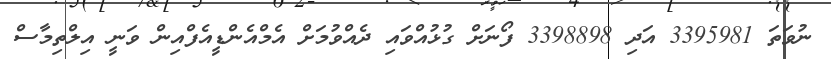
ނުވަތަ 3395981 އަދި 3398898 ފޯނަށް ގުޅުއްވައި ދެއްވުމަށް އެމްއެންޑީއެފްއިން ވަނީ އިލްތިމާސް